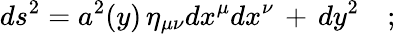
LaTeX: ds^{2}=a^{2}(y)\, \eta_{\mu\nu}dx^{\mu}dx^{\nu}\, +\, dy^{2}\quad;